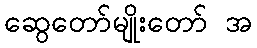
ဆွေတော်မျိုးတော် အ